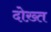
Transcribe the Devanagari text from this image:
दोख़्त